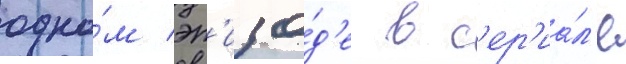
одно́м эп'изо́д'е в с'ер'иа́л'е